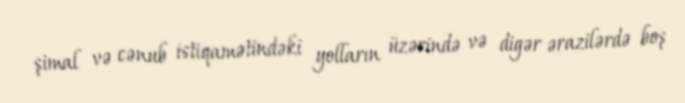
şimal və cənub istiqamətindəki yolların üzərində və digər ərazilərdə boş